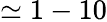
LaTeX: \simeq 1-10